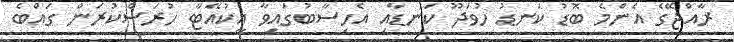
ރާއްޖޭގެ އެންމެ ބޮޑު ކަނޑު ހުވަދޫ ކަނޑާއި އެހިސާބުގައިވާ އީކުއޭޓާ ހުރަސްކުރަން ގައްބެ